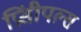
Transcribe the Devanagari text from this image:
प्रिंसीपल्स